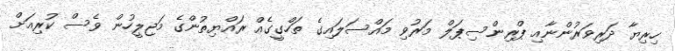
ހިރިޔާ ދަރިވަރުންނާއި ޕްރިންސިޕަލް މަރުވި މައްސަލައިގެ ތަހްގީގެއް ރައްޔިތުންގެ މަޖިލީހުން ވެސް ކުރިއަށް